Annual statistical returns and brief notes on vaccination in Bengal - 1887-1898
Year: 1887
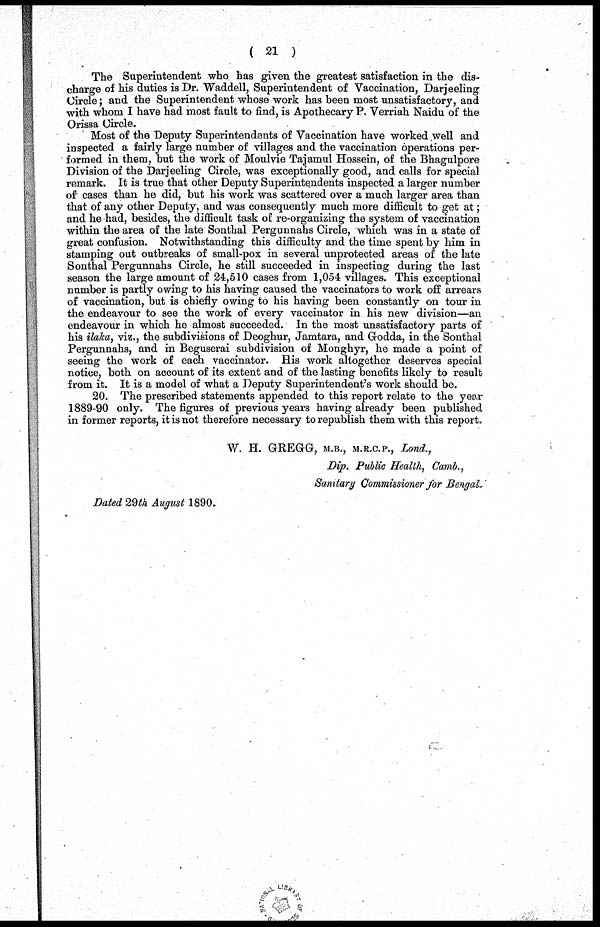
( 21 )
The Superintendent who has given the greatest satisfaction in the dis-
charge of his duties is Dr. Waddell, Superintendent of Vaccination, Darjeeling
Circle; and the Superintendent whose work has been most unsatisfactory, and
with whom I have had most fault to find, is Apothecary P. Verriah Naidu of the
Orissa Circle.
Most of the Deputy Superintendents of Vaccination have worked well and
inspected a fairly large number of villages and the vaccination operations per-
formed in them, but the work of Moulvie Tajamul Hossein, of the Bhagulpore
Division of the Darjeeling Circle, was exceptionally good, and calls for special
remark. It is true that other Deputy Superintendents inspected a larger number
of cases than he did, but his work was scattered over a much larger area than
that of any other Deputy, and was consequently much more difficult to get at;
and he had, besides, the difficult task of re-organizing the system of vaccination
within the area of the late Sonthal Pergunnahs Circle, which was in a state of
great confusion. Notwithstanding this difficulty and the time spent by him in
stamping out outbreaks of small-pox in several unprotected areas of the late
Sonthal Pergunnahs Circle, he still succeeded in inspecting during the last
season the large amount of 24,510 cases from 1,054 villages. This exceptional
number is partly owing to his having caused the vaccinators to work off arrears
of vaccination, but is chiefly owing to his having been constantly on tour in
the endeavour to see the work of every vaccinator in his new division—an
endeavour in which he almost succeeded. In the most unsatisfactory parts of
his ilaka, viz., the subdivisions of Deoghur, Jamtara, and Godda, in the Sonthal
Pergunnahs, and in Beguserai subdivision of Monghyr, he made a point of
seeing the work of each vaccinator. His work altogether deserves special
notice, both on account of its extent and of the lasting benefits likely to result
from it. It is a model of what a Deputy Superintendent's work should be.
20. The prescribed statements appended to this report relate to the year
1889-90 only. The figures of previous years having already been published
in former reports, it is not therefore necessary to republish them with this report.
W. H. GREGG, M.B., M.R.C.P., Lond.,
Dip. Public Health, Camb.,
Sanitary Commissioner for Bengal.
Dated 29th August 1890.